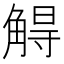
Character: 䚟